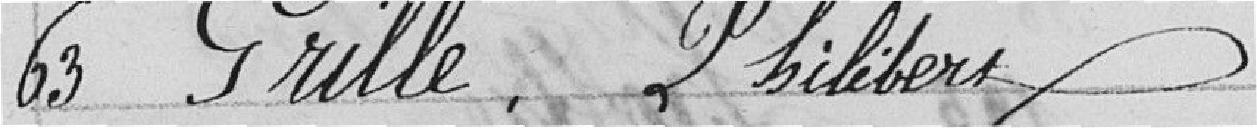
63 Grille, Philibert